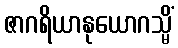
ဇာဂရိယာနုယောဂသ္မိံ